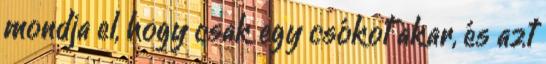
mondja el, hogy csak egy csókot akar, és azt